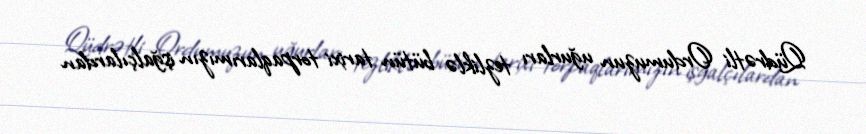
Qüdrətli Ordumuzun uğurları tezliklə bütün tarixi torpaqlarımızın işğalçılardan